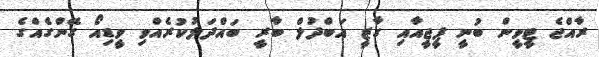
ރާއްޖެ ޓީވީން ބުނީ ޕީޖީއާއި ގާޒީ އަބްދުލް ބާރީ ބައްދަލުކުރެއްވި ވީޑިއޯ ގޭންގެއްގެ